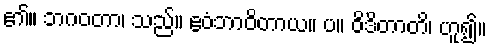
၏။ ဘဂဝတာ၊ သည်။ ဧဝံဘာဝိတာယ။ ပ။ ဝိဒိတာတိ၊ ဟူ၍။